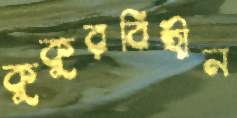
কুকুরবিহীন